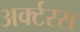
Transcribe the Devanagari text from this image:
अर्क्टरस